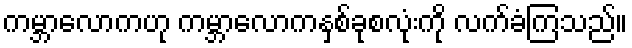
ကမ္ဘာလောကဟု ကမ္ဘာလောကနှစ်ခုစလုံးကို လက်ခံကြသည်။